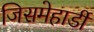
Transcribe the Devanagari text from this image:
जिसमेहार्डी